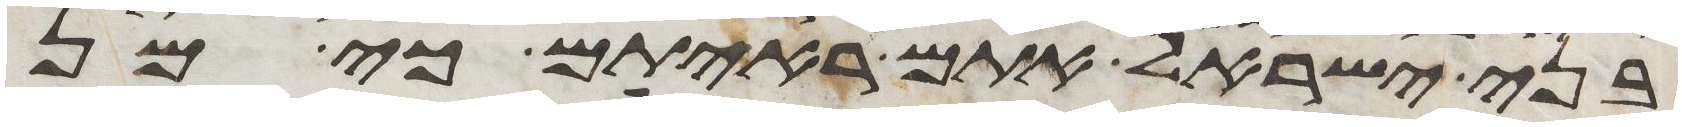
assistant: בני ישראל אתם ראיתם כי מן